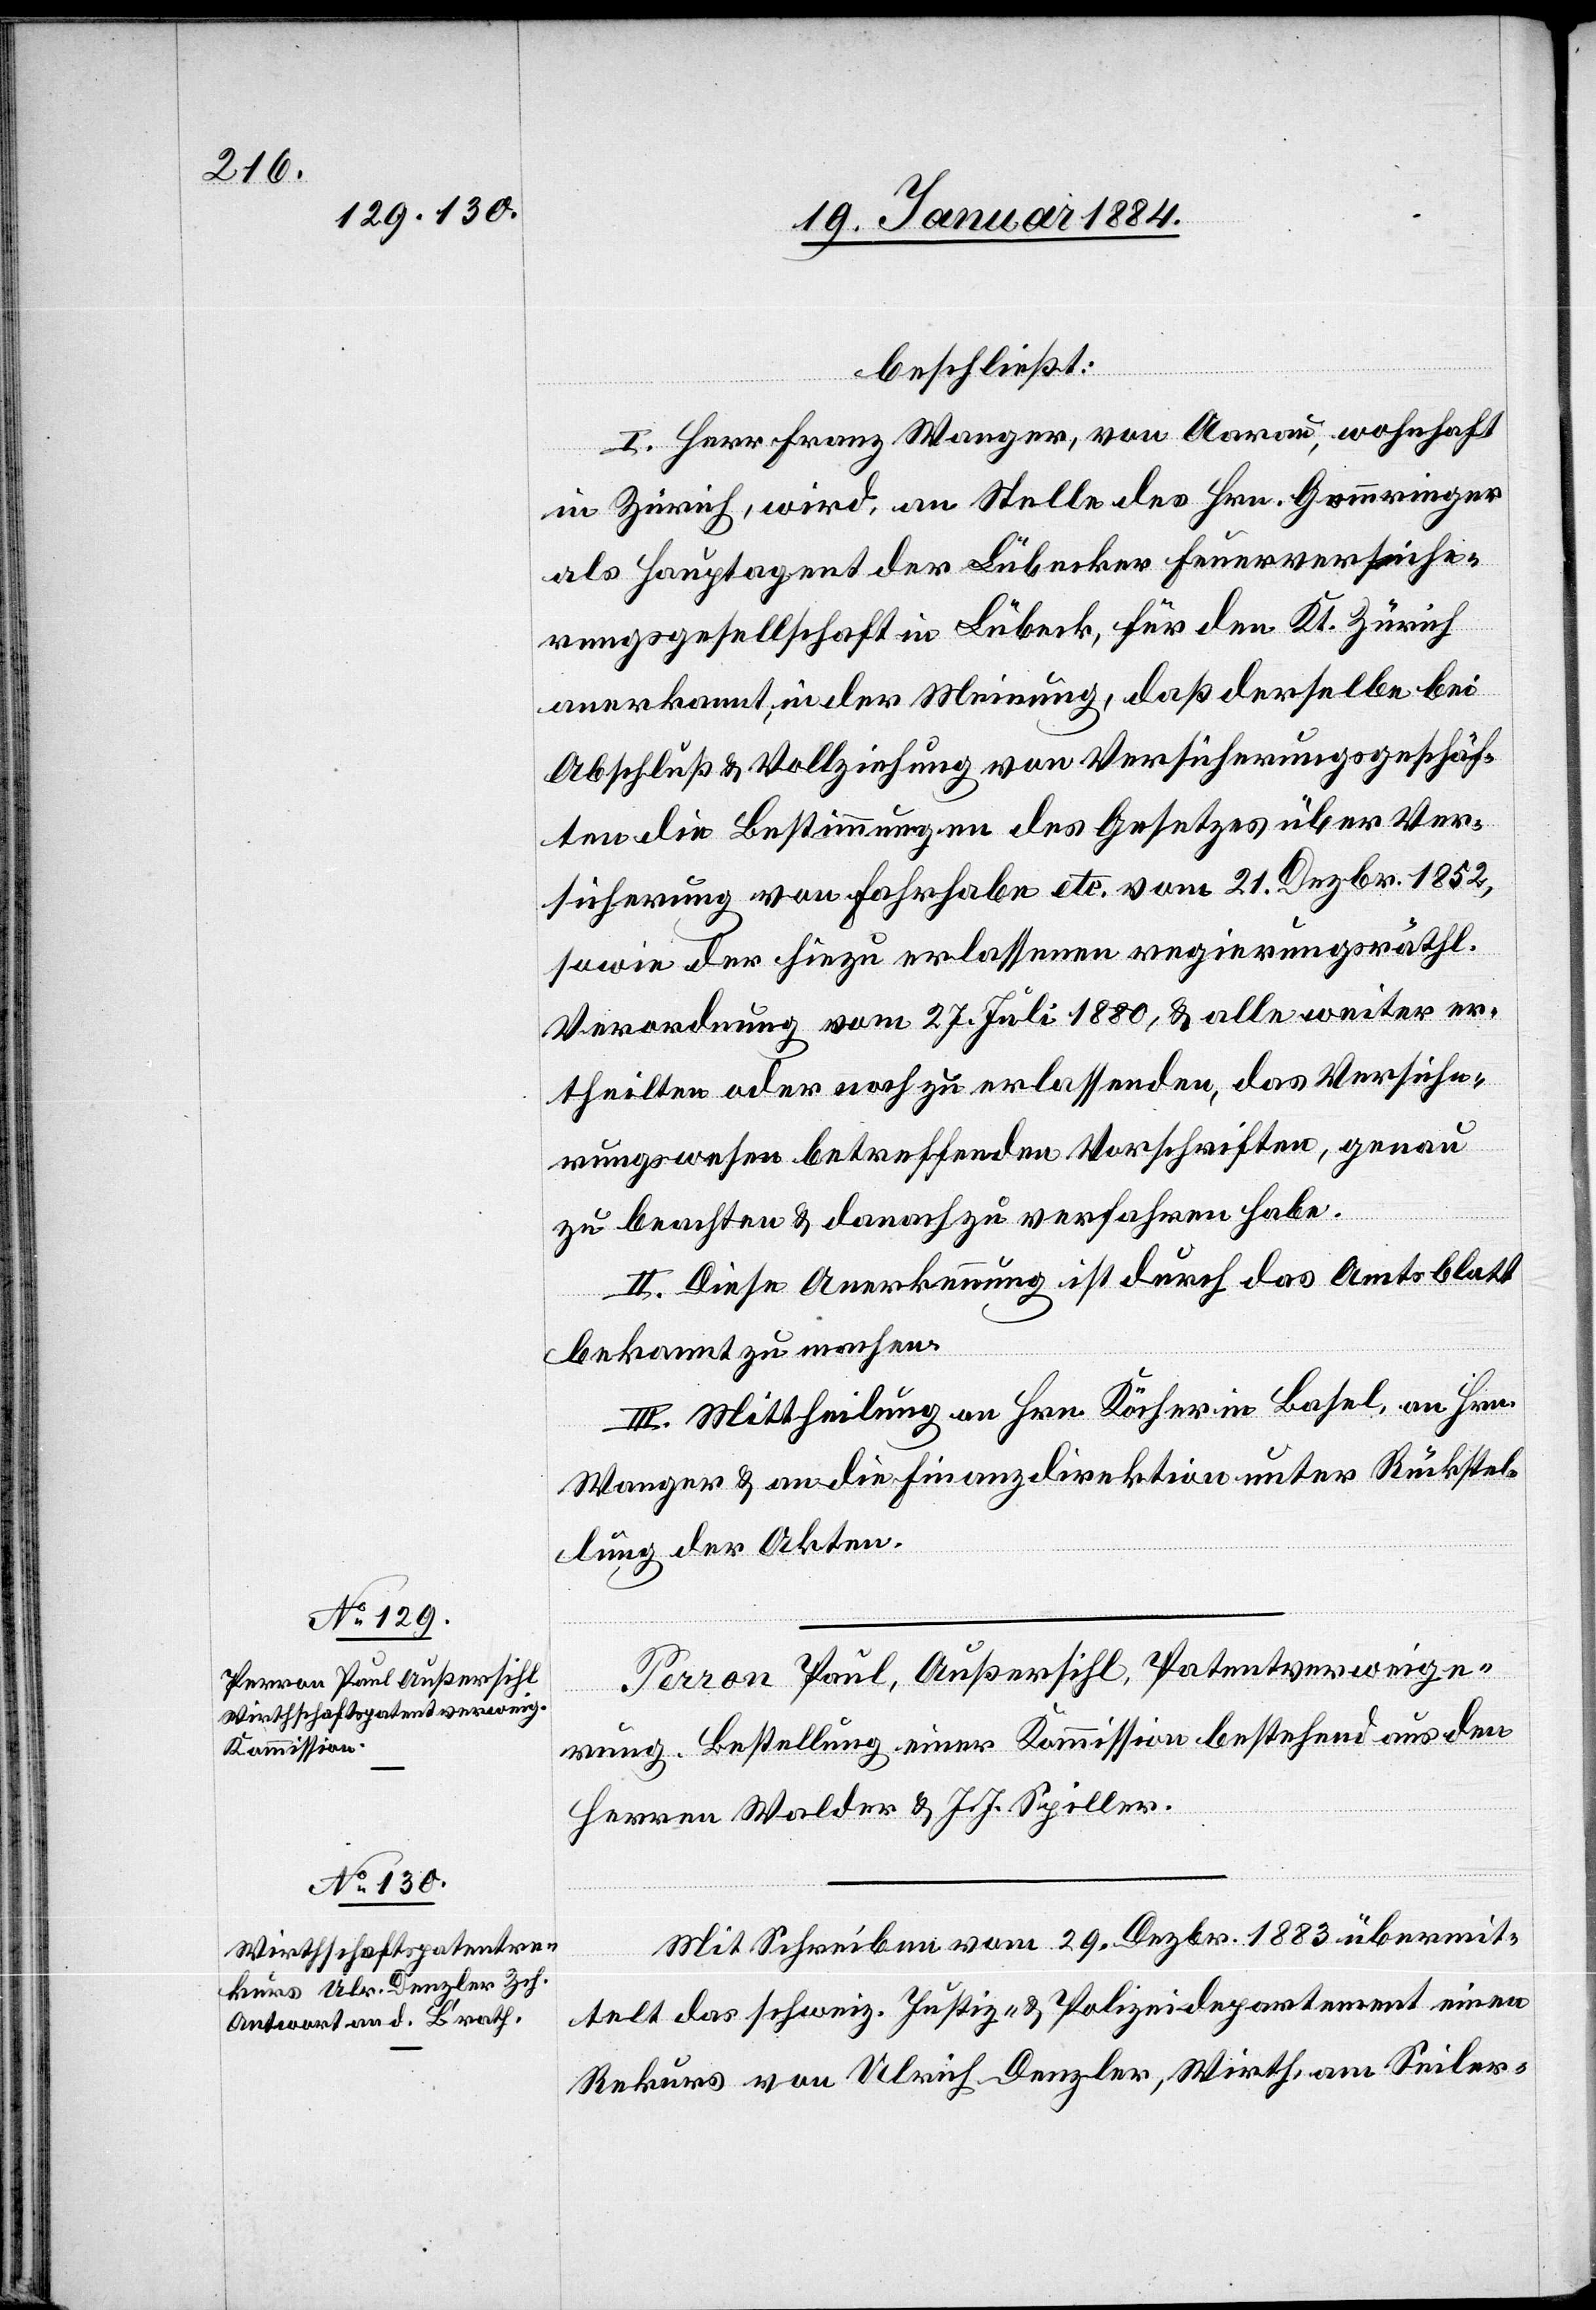
beschließt:
I. Herr Franz Wanger, von Aarau, wohnhaft
in Zürich, wird an Stelle des Hrn. Gomringer
als Hauptagent der Lübecker Feuerversiche¬
rungsgesellschaft in Lübeck für den Kt. Zürich
anerkannt, in der Meinung, daß derselbe bei
Abschluß & Vollziehung von Versicherungsgeschäf¬
ten die Bestimmungen des Gesetztes über Ver¬
sicherung von Fahrhabe etc. vom 21. Dezbr. 1852,
sowie der hiezu erlassenen regierungsräthl.
Verordnung vom 27. Juli 1880, & alle weiter er¬
theilten oder noch zu erlassenden, das Versiche¬
rungswesen betreffenden Vorschriften, genau
zu beachten & danach zu verfahren habe.
II. Diese Anerkennung ist durch das Amtsblatt
bekannt zu machen.
III. Mittheilung an Hrn. Köcher in Basel, an Hrn.
Wanger & an die Finanzdirektion unter Rückstel¬
lung der Akten.
Perron Paul, Außersihl, Patentverweige¬
rung. Bestellung einer Kommission bestehend aus den
Herren Walder & J. J. Spiller.
Mit Schreiben vom 29. Dezbr. 1883 übermit¬
telt das schweiz. Justiz- & Polizeidepartement einen
Rekurs von Ulrich Denzler, Wirth, am Seiler-